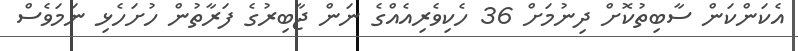
އެކަންކަން ސާބިތުކޮށް ދިނުމަށް 36 ހެކިވެރިއެއްގެ ނަން ޖާބިރުގެ ފަރާތުން ހުށަހެޅި ނަމަވެސް